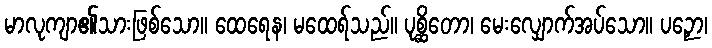
မာလုကျာ၏သားဖြစ်သော။ ထေရေန၊ မထေရ်သည်။ ပုစ္ဆိတော၊ မေးလျှောက်အပ်သော။ ပဉှော၊